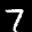
Label: 7